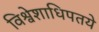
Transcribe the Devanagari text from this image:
विश्वेशाधिपतये